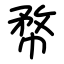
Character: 㡔